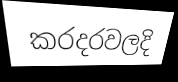
කරදරවලදි